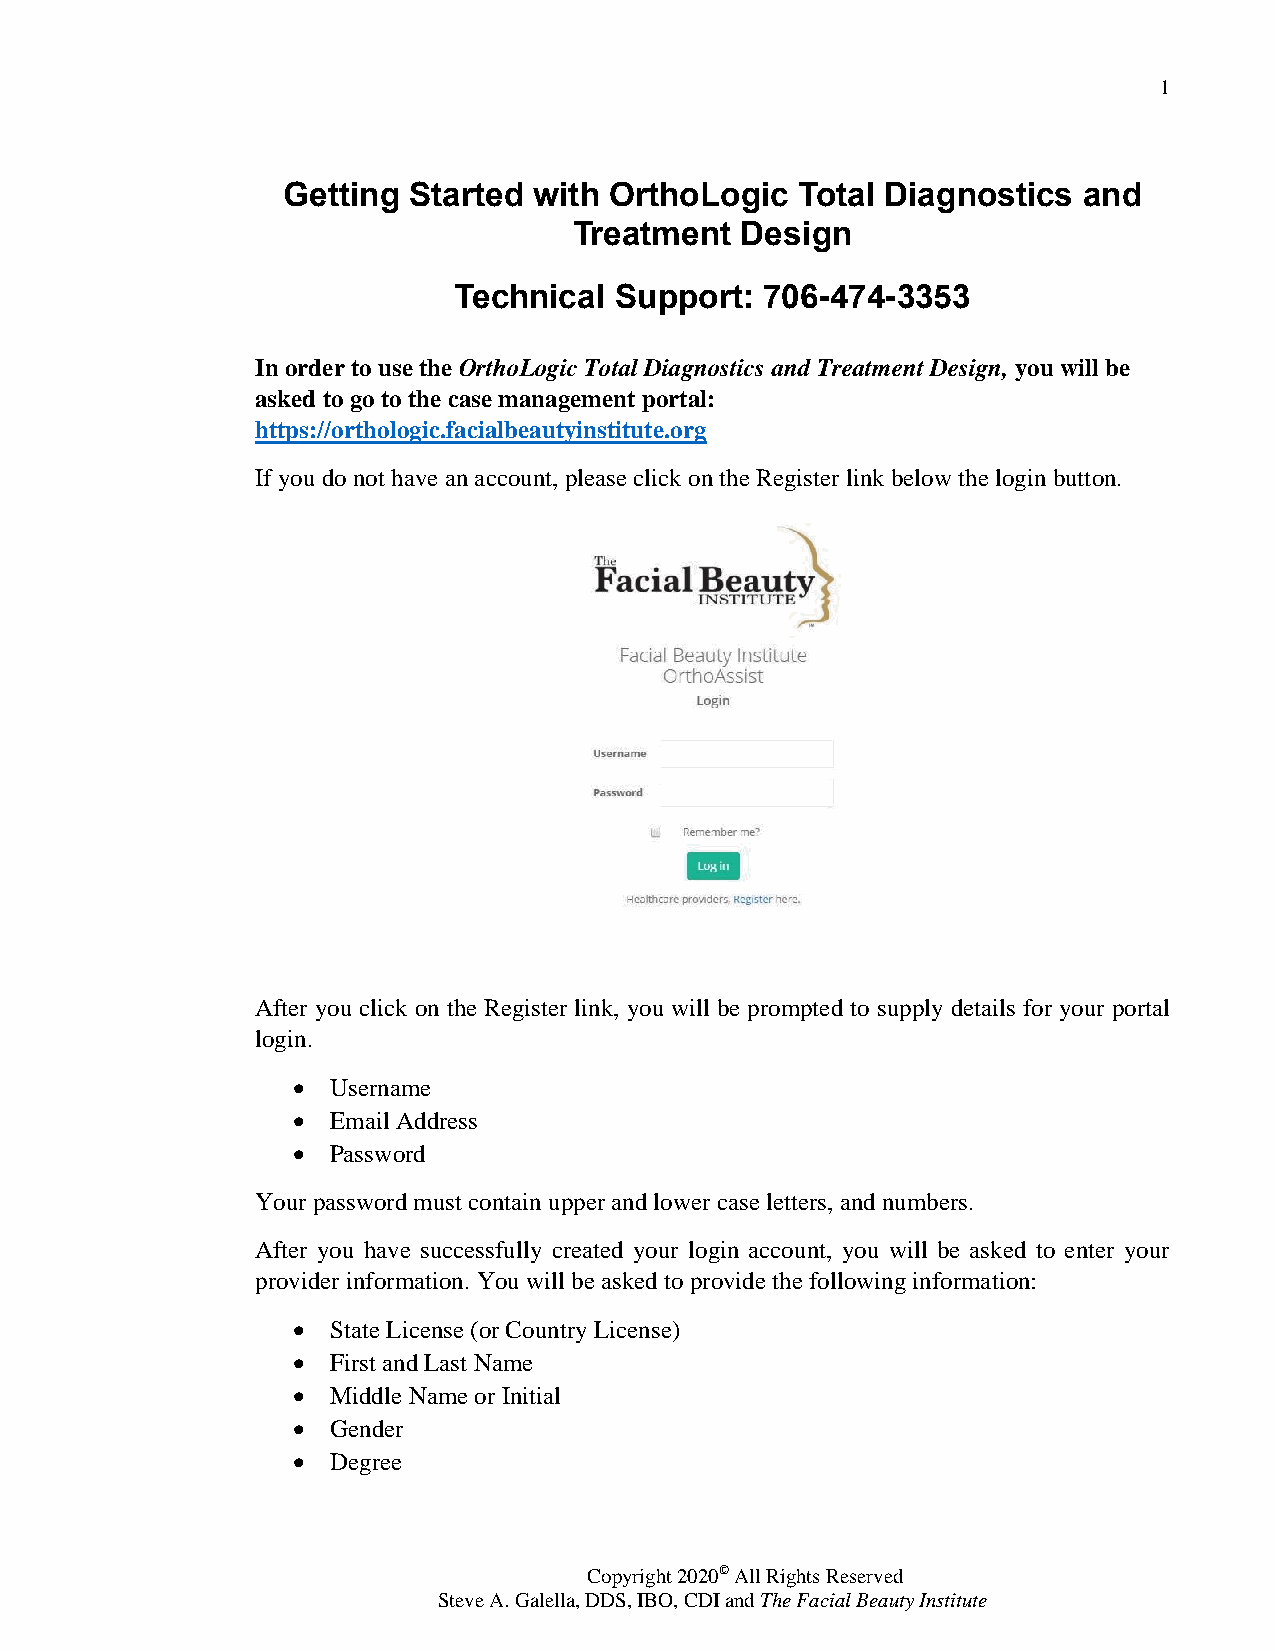
1
 Getting Started with OrthoLogic   Total Diagnostics  and
 Treatment  Design
 Technical  Support:  706-474-3353
 In order to use the OrthoLogic Total Diagnostics and Treatment Design, you will be
 asked to go to the case management portal:
 https://orthologic.facialbeautyinstitute.org
 If you do not have an account, please click on the Register link below the login button.
 After you click on the Register link, you will be prompted to supply details for your portal
 login.
   Username
   Email Address
   Password
 Your password must contain upper and lower case letters, and numbers.
 After you have successfully created your login account, you will be asked to enter your
 provider information. You will be asked to provide the following information:
   State License (or Country License)
   First and Last Name
   Middle Name or Initial
   Gender
   Degree
 Copyright 2020© All Rights Reserved
 Steve A. Galella, DDS, IBO, CDI and The Facial Beauty Institute